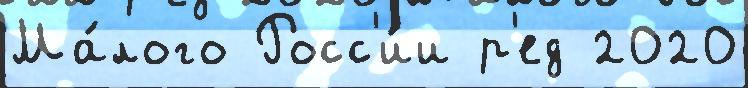
Ма́лого Росс'и́и р'ед 2020